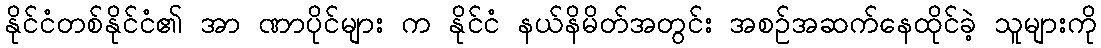
နိုင်ငံတစ်နိုင်ငံ၏ အာ ဏာပိုင်များ က နိုင်ငံ နယ်နိမိတ်အတွင်း အစဉ်အဆက်နေထိုင်ခဲ့ သူများကို